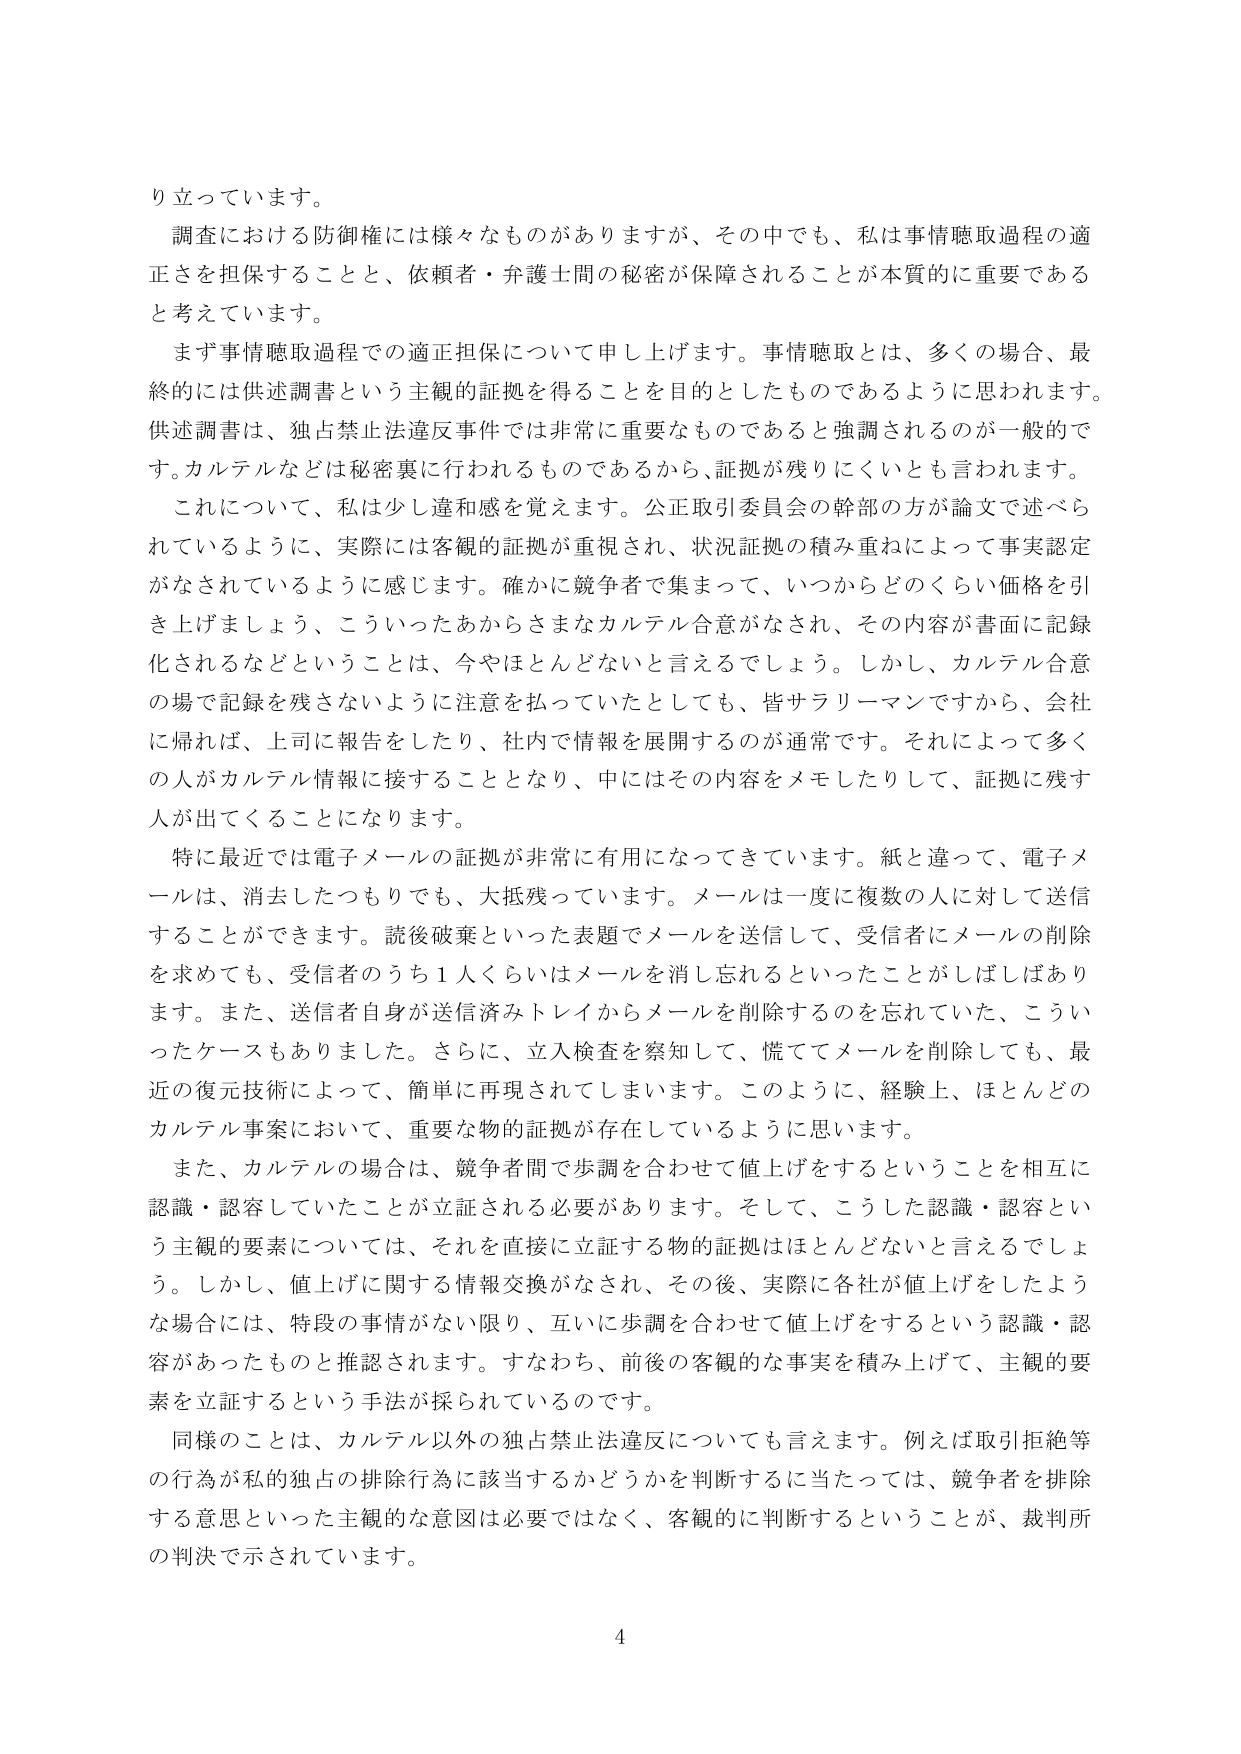
り立っています。

調査における防御権には様々なものがありますが、その中でも、私は事情聴取過程の適正さを担保することと、依頼者・弁護士間の秘密が保障されることが本質的に重要であると考えています。

まず事情聴取過程での適正担保について申し上げます。事情聴取とは、多くの場合、最終的には供述調書という主観的証拠を得ることを目的としたものであるように思われます。供述調書は、独占禁止法違反事件では非常に重要なものであると強調されるのが一般的です。カルテルなどは秘密裏に行われるものであるから、証拠が残りにくいとも言われます。

これについて、私は少し違和感を覚えます。公正取引委員会の幹部の方が論文で述べられているように、実際には客観的証拠が重視され、状況証拠の積み重ねによって事実認定がなされているように感じます。確かに競争者で集まって、いつからどのくらい価格を引き上げましょう、こういったあからさまなカルテル合意がなされ、その内容が書面に記録化されるなどということは、今やほとんどないと言えるでしょう。しかし、カルテル合意の場で記録を残さないように注意を払っていたとしても、皆サラリーマンですから、会社に帰れば、上司に報告をしたり、社内で情報を展開するのが通常です。それによって多くの人がカルテル情報に接することとなり、中にはその内容をメモしたりして、証拠に残す人が出てくることになります。

特に最近では電子メールの証拠が非常に有用になってきています。紙と違って、電子メールは、消去したつもりでも、大抵残っています。メールは一度に複数の人に対して送信することができます。読後破棄といった表題でメールを送信して、受信者にメールの削除を求めてても、受信者のうち1人くらいはメールを消し忘れるといったことがしばしばあります。また、送信者自身が送信済みトレイからメールを削除するのを忘れていた、こういったケースもありました。さらに、立入検査を察知して、慌ててメールを削除しても、最近の復元技術によって、簡単に再現されてしまいます。このように、経験上、ほとんどのカルテル事案において、重要な物的証拠が存在しているように思います。

また、カルテルの場合は、競争者間で歩調を合わせて値上げをするということを相互に認識・認容していたことが立証される必要があります。そして、こうした認識・認容という主観的要素については、それを直接に立証する物的証拠はほとんどないと言えるでしょう。しかし、値上げに関する情報交換がなされ、その後、実際に各社が値上げをしたような場合には、特段の事情がない限り、互いに歩調を合わせて値上げをするという認識・認容があったものと推認されます。すなわち、前後の客観的な事実を積み上げて、主観的要素を立証するという手法が採られているのです。

同様のことは、カルテル以外の独占禁止法違反についても言えます。例えば取引拒絶等の行為が私的独占の排除行為に該当するかどうかを判断するに当たっては、競争者を排除する意思といった主観的な意図は必要ではなく、客観的に判断するということが、裁判所の判決で示されています。

4